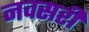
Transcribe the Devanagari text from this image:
नवसरी